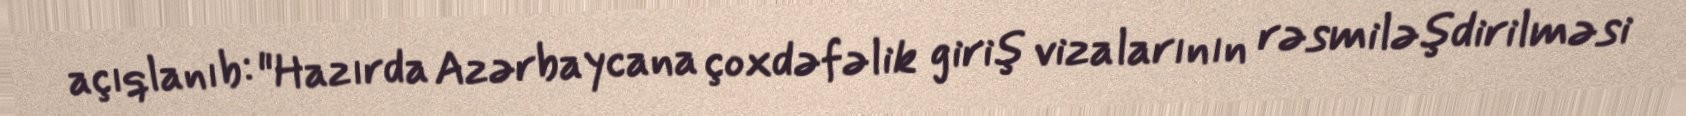
açıqlanıb: "Hazırda Azərbaycana çoxdəfəlik giriş vizalarının rəsmiləşdirilməsi